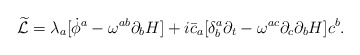
\begin{align*}{\widetilde{\cal L}}=\lambda_{a}[{\dot\phi }^{a}-\omega^{ab}\partial_{b}H]+i{\bar c}_{a}[\delta^{a}_{b}\partial_{t}-\omega^{ac}\partial_{c}\partial_{b}H]c^{b}.\end{align*}